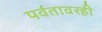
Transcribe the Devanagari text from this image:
पर्वतावरही